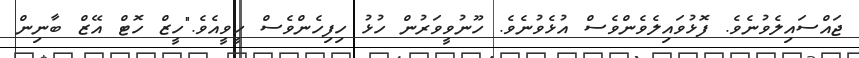
ޖައްސައިލެވުނެވެ. ފޮޅުވައިލެވެންވެސް އުޅެވުނެވެ. ހޫނުވީވަރުން ހުޅު ހިފިހެންވެސް ހީވީއެވެ."ހީޒް ހޮޓް އޭޒް ބާނިން